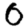
Digit: 0